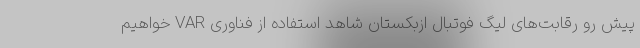
پیش رو رقابت‌های لیگ فوتبال ازبکستان شاهد استفاده از فناوری VAR خواهیم